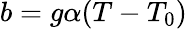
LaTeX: b=g\alpha(T-T_{0})